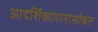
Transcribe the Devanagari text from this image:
आदर्शिकारानासोबत